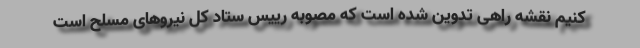
کنیم نقشه راهی تدوین شده است که مصوبه رییس ستاد کل نیروهای مسلح است